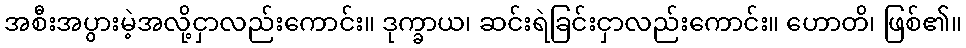
အစီးအပွားမဲ့အလို့ငှာလည်းကောင်း။ ဒုက္ခာယ၊ ဆင်းရဲခြင်းငှာလည်းကောင်း။ ဟောတိ၊ ဖြစ်၏။